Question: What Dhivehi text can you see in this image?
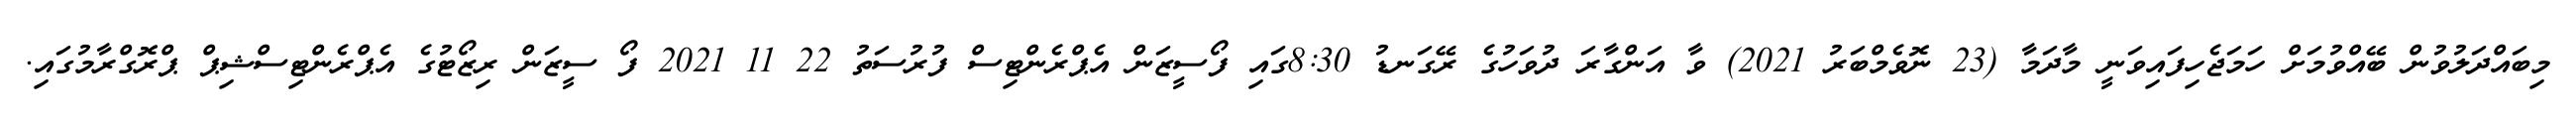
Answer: މިބައްދަލުވުން ބޭއްވުމަށް ހަމަޖެހިފައިވަނީ މާދަމާ (23 ނޮވެމްބަރު 2021) ވާ އަންގާރަ ދުވަހުގެ ރޭގަނޑު 8:30ގައި ފޯސީޒަން އެޕްރެންޓިސް ފުރުސަތު 22 11 2021 ފޯ ސީޒަން ރިޒޯޓުގެ އެޕްރެންޓިސްޝިޕް ޕްރޮގްރާމުގައި.